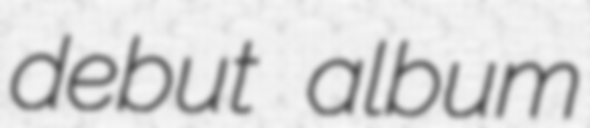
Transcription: debut album